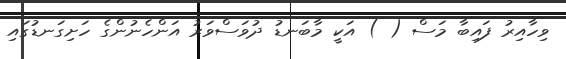
ވިހާއިރު ފައިބާ މަސް ( ) އަކީ މާބަނޑު ދުވަސްވަރު އަންހެނުންގެ ހަށިގަނޑުގައި